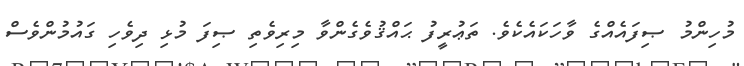
މުހިންމު ޞިފައެއްގެ ވާހަކައެކެވެ. ތަޢުރީފު ޙައްޤުވެގެންވާ މިރިވެތި ޞިފަ މުޅި ދިވެހި ގައުމުންވެސް